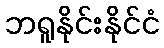
ဘရူနိုင်းနိုင်ငံ